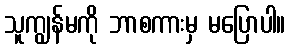
သူကျွန်မကို ဘာစကားမှ မပြောပါ။